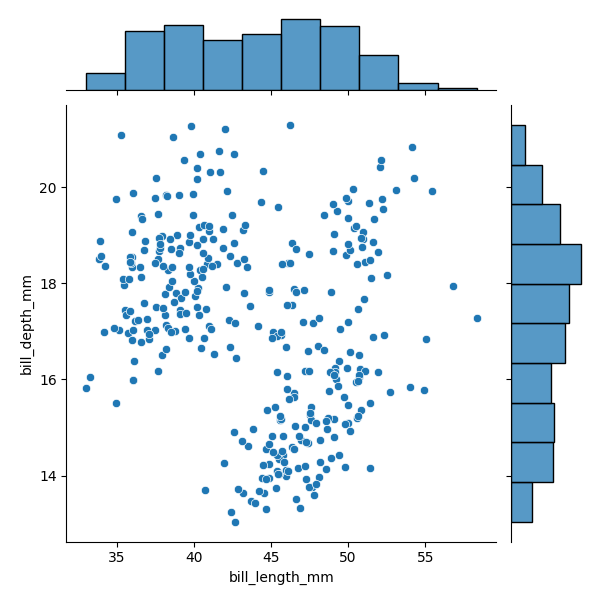
python, seaborn, JointGrid, scatterplot, histplot